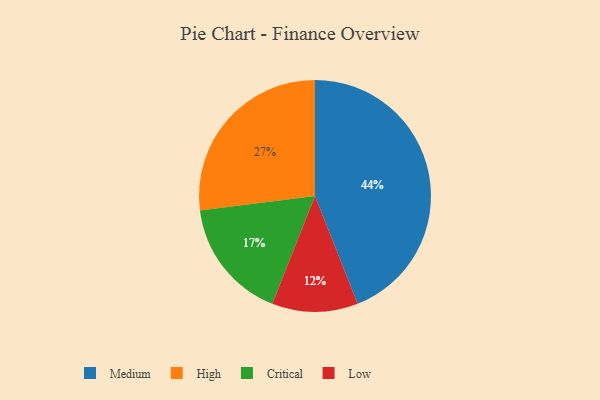
{"axis": {"x": "Category", "y": "Percentage"}, "legend": ["Critical", "High", "Low", "Medium"], "data": [{"x": "Critical", "y": 17, "type": "Critical"}, {"x": "High", "y": 27, "type": "High"}, {"x": "Medium", "y": 44, "type": "Medium"}, {"x": "Low", "y": 12, "type": "Low"}]}